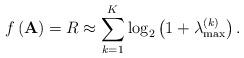
LaTeX: \begin{align*}f\left(\mathbf{A}\right)=R\approx\sum\limits_{k=1}^{K}\log_2\left(1+\lambda_{\max}^{(k)}\right).\end{align*}